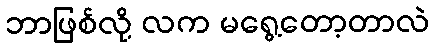
ဘာဖြစ်လို့ လက မရွေ့တော့တာလဲ